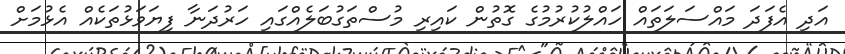
އަދި އެފަދަ މައްސަލަތައް ހައްލުކުރުމުގެ ގޮތުން ކައިރި މުސްތަގުބަލެއްގައި ހަރުދަނާ ފިޔަވަޅުތަކެއް އެޅުމަށް